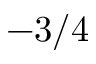
- 3 / 4